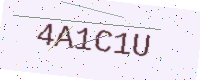
Text: 4A1C1U